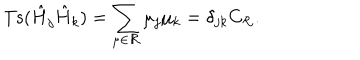
\mathrm { T s } ( \hat { H } _ { j } \hat { H } _ { k } ) = \sum _ { \mu \in { \cal R } } \mu _ { j } \mu _ { k } = \delta _ { j k } C _ { \cal R } .